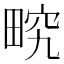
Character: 𤲏